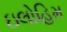
ઇલોહિમ